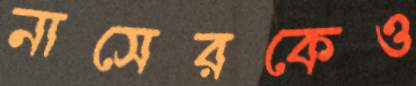
নাসেরকেও